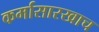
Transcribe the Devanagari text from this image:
कर्मासारखाच